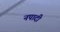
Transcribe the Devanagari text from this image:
नपादी